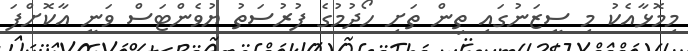
މިމޮޅާއެކު މި ސީޒަނުގައި ތިން ތަށި ހޯދުމުގެ ފުރުސަތު ޔުވެންޓަސް ވަނީ އާކޮށްފަ